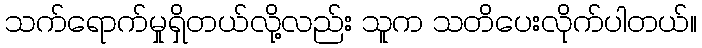
သက်ရောက်မှုရှိတယ်လို့လည်း သူက သတိပေးလိုက်ပါတယ်။